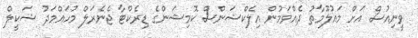
ވީނިއުސް އަށް މައުލޫމާތު ދެއްވަމުން އިލެކްޝަންސް ކޮމިޝަންގެ ޑިރެކްޓާ ޖެނެރަލް މުހައްމަދު ޝަކީލް